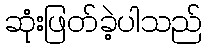
ဆုံးဖြတ်ခဲ့ပါသည်